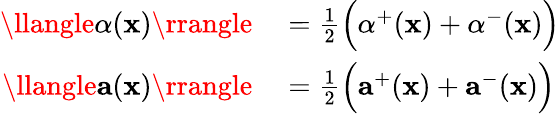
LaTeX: \begin{array}{rl}{\llangle\alpha(\mathbf{x})\rrangle}&{{}=\frac{1}{2}\Big(\alpha^{+}(\mathbf{x})+\alpha^{-}(\mathbf{x})\Big)}\\ {\llangle\mathbf{a}(\mathbf{x})\rrangle}&{{}=\frac{1}{2}\Big(\mathbf{a}^{+}(\mathbf{x})+\mathbf{a}^{-}(\mathbf{x})\Big)}\end{array}